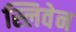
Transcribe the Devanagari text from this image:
स्लिवेन